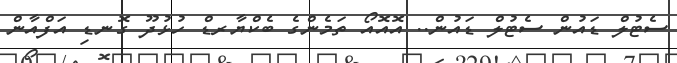
ސެޓުލް ޑައުން ސެޓުލް ޑައުން.. އޮއޮއޯ ތަމެންގެ ބެކްޔާރޑް ހުޅުދޫ ގޮނޑި އަފްއާން